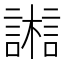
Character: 𣞇